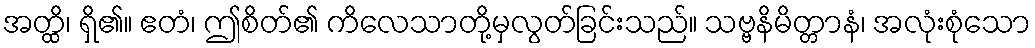
အတ္ထိ၊ ရှိ၏။ ဧတံ၊ ဤစိတ်၏ ကိလေသာတို့မှလွတ်ခြင်းသည်။ သဗ္ဗနိမိတ္တာနံ၊ အလုံးစုံသော